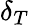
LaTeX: \delta_{T}